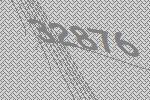
32876